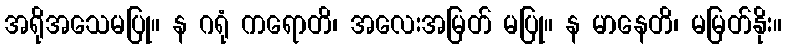
အရိုအသေမပြု။ န ဂရုံ ကရောတိ၊ အလေးအမြတ် မပြု။ န မာနေတိ၊ မမြတ်နိုး။